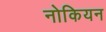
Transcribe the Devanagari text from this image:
नोकियन